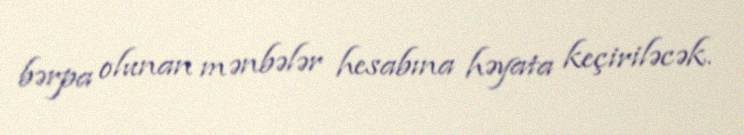
bərpa olunan mənbələr hesabına həyata keçiriləcək.